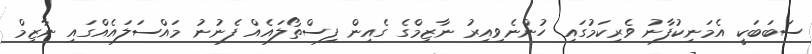
ސަބަބަކީ އެމަނިކުފާނު ވެރިކަމުގައި ހުންނެވިއިރު ނާޒިމްގެ ގެއިން ފިސްތޯލައެއް ފެނުނު މައްސަލައެއްގައި ނާޒިމް